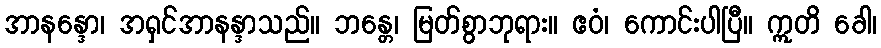
အာနန္ဒော၊ အရှင်အာနန္ဒာသည်။ ဘန္တေ၊ မြတ်စွာဘုရား။ ဧဝံ၊ ကောင်းပါပြီ။ ဣတိ ခေါ၊